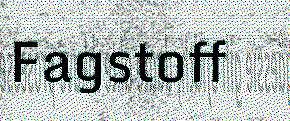
Fagstoff